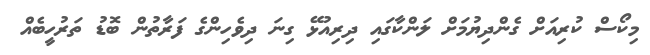
މިކޯސް ކުރިއަށް ގެންދިޔުމަށް ލަންކާގައި ދިރިއުޅޭ ގިނަ ދިވެހިންގެ ފަރާތުން ބޮޑު ތަރުހީބެއް